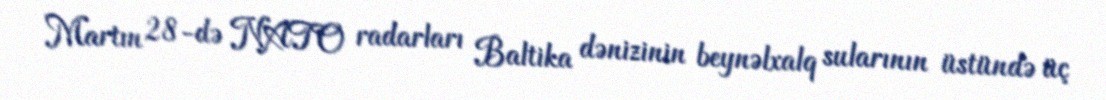
Martın 28-də NATO radarları Baltika dənizinin beynəlxalq sularının üstündə üç